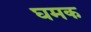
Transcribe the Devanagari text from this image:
घमक